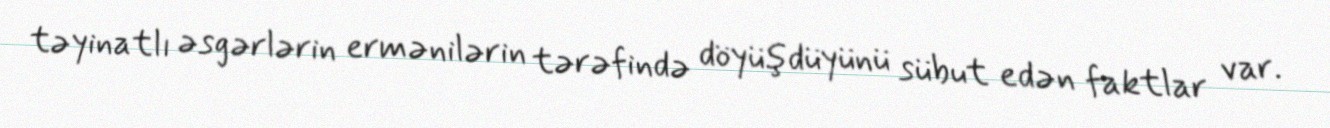
təyinatlı əsgərlərin ermənilərin tərəfində döyüşdüyünü sübut edən faktlar var.